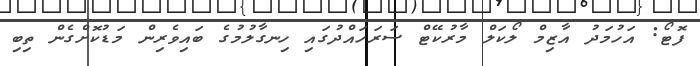
ފޮޓޯ: އަހުމަދު އާޒިމް ލޯކަލް މާރުކޭޓް ސަރަހައްދުގައި ހިނގާލުމުގެ ބައިވެރިން މަޑުކޮށްގެން ތިބި